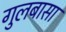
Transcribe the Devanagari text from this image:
गुलबासा